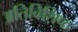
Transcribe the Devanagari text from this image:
अतिविशिष्ठ